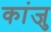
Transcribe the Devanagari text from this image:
कांजु